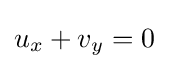
\displaystyle u_{x}+v_{y}=0